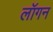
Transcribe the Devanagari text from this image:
लॉगन